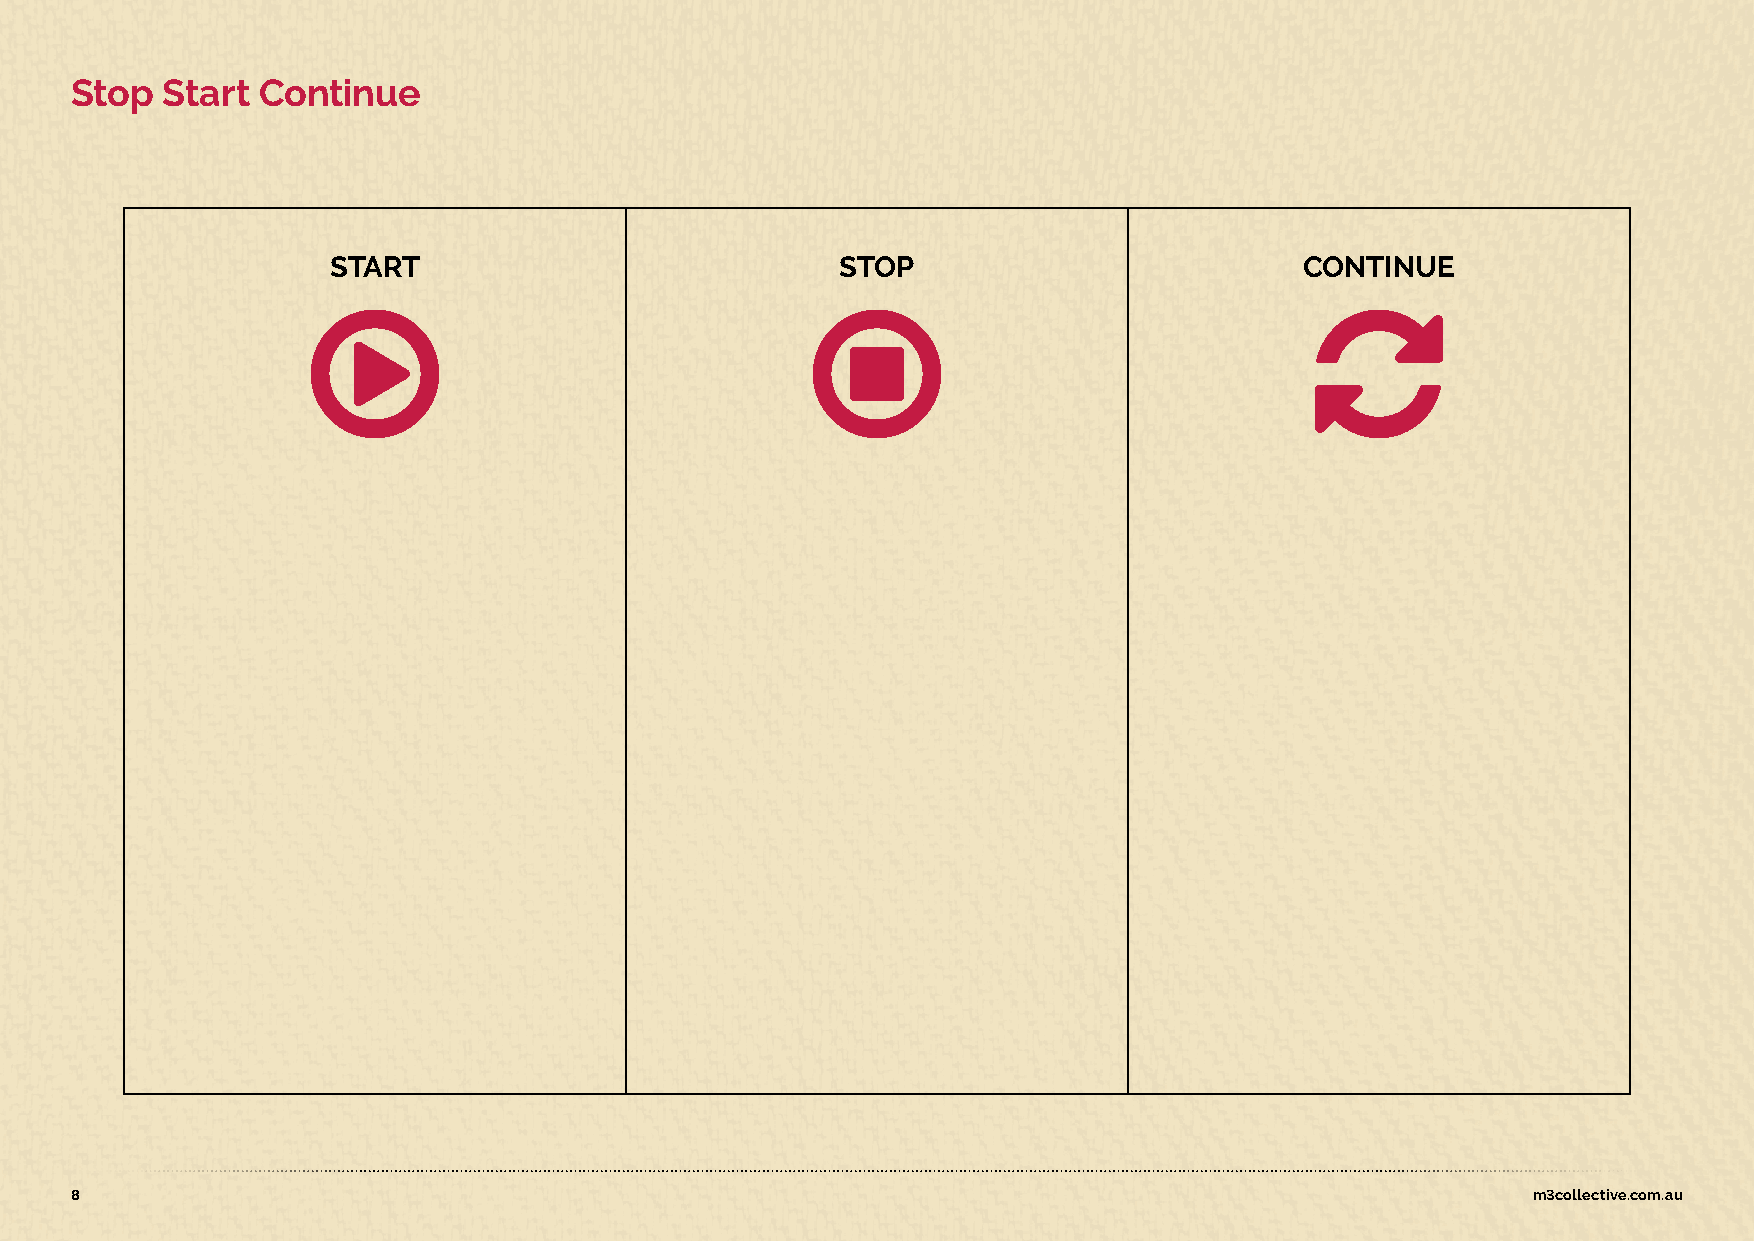
StopStartContinue
 START                             STOP                          CONTINUE
                                                                 
 8                                                                                               m3collective.com.au